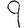
Digit: 9